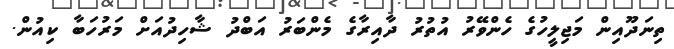
ތިނަދޫއިން މަޖިލީހުގެ ހެންވޭރު އުތުރު ދާއިރާގެ މެންބަރު އަބްދު ޝާހިދުއަށް މަރުހަބާ ކިއުން.